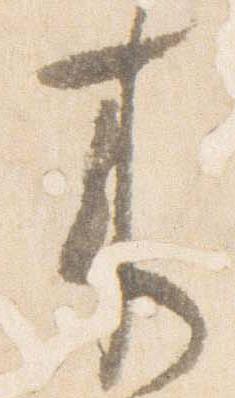
来